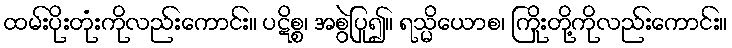
ထမ်းပိုးတုံးကိုလည်းကောင်း။ ပဋိစ္စ၊ အစွဲပြု၍။ ရသ္မိယောစ၊ ကြိုးတို့ကိုလည်းကောင်း။